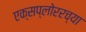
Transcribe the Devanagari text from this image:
एक्सप्लोररच्या